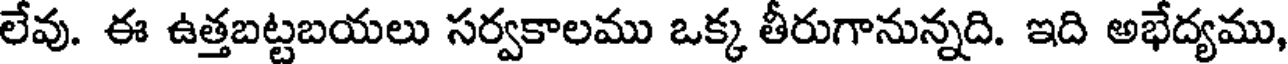
లేవు. ఈ ఉత్తబట్టబయలు సర్వకాలము ఒక్క తీరుగానున్నది. ఇది అభేద్యము,